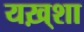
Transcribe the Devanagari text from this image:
यख़्शा